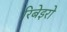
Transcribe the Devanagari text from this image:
रिबेइरो